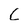
Character: C